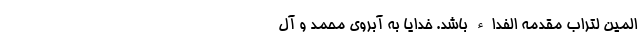
الَمیِنَ لِتُرابِ مَقْدَمِه اَلفداء باشد. خدایا به آبروی محمد و آل